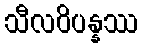
သီလဝိပန္နဿ